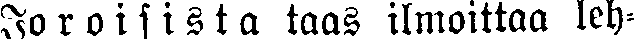
Joroisista taas ilmoittaa leh-